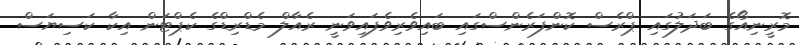
މޮރީނިއޯގެ ބަދަލުގައި ޕްރެސް ކޮންފަރެންސްގައި ބައިވެރިވެފައިވަނީ ރެއާލް މެޑްރިޑްގެ ކެޕްޓަން އިކާ ކަސިޔަސް